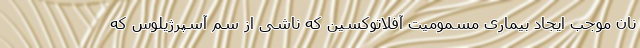
نان موجب ایجاد بیماری مسمومیت آفلاتوکسین که ناشی از سم آسپرژیلوس که